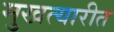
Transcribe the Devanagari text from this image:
मुखत्यारीत